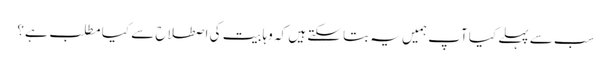
سب سے پہلے کیا آپ ہمیں یہ بتا سکتے ہیں کہ وہابیت کی اصطلاح سے کیا مطلب ہے؟